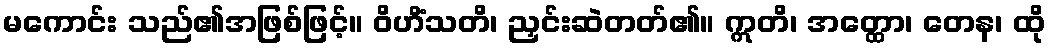
မကောင်း သည်၏အဖြစ်ဖြင့်။ ဝိဟိံသတိ၊ ညှင်းဆဲတတ်၏။ ဣတိ၊ အတ္ထော၊ တေန၊ ထို